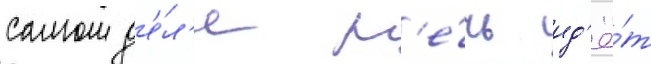
самом д'е́л'е р'е́чь ид'ё́т